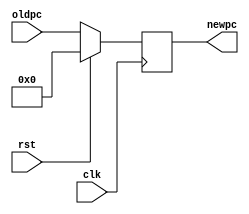
module pc(clk, rst, oldpc,newpc);
parameter size = 64;
input clk;
input rst;
input [size-1:0] oldpc;
output reg [size-1:0] newpc;

always @(posedge clk)
begin
if(rst)
	newpc<=0;
else
	newpc <= oldpc;
end
endmodule